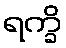
ရက္ခိ